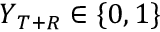
\boldsymbol Y _ { T + R } \in \{ 0 , 1 \}